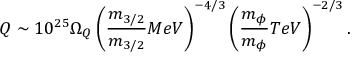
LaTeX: Q \sim 1 0 ^ { 2 5 } \Omega _ { Q } \left( \frac { m _ { 3 / 2 } } { m _ { 3 / 2 } } { M e V } \right) ^ { - 4 / 3 } \left( \frac { m _ { \phi } } { m _ { \phi } } { T e V } \right) ^ { - 2 / 3 } .